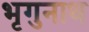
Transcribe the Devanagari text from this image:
भृगुनाथ